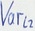
Text: Varl2